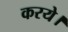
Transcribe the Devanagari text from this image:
करये।